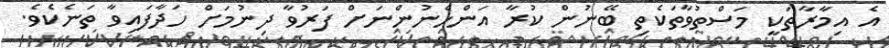
އެ އިމާރާތަކީ މަސްތުވާތަކެތި ބޭނުން ކުރާ އަންހެނުންނަށް ފަރުވާ ދިނުމަށް ހަދާފައިވާ ތަނެކެވެ.